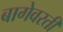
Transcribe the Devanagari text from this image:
बागेवरती